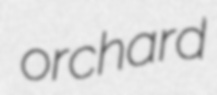
orchard